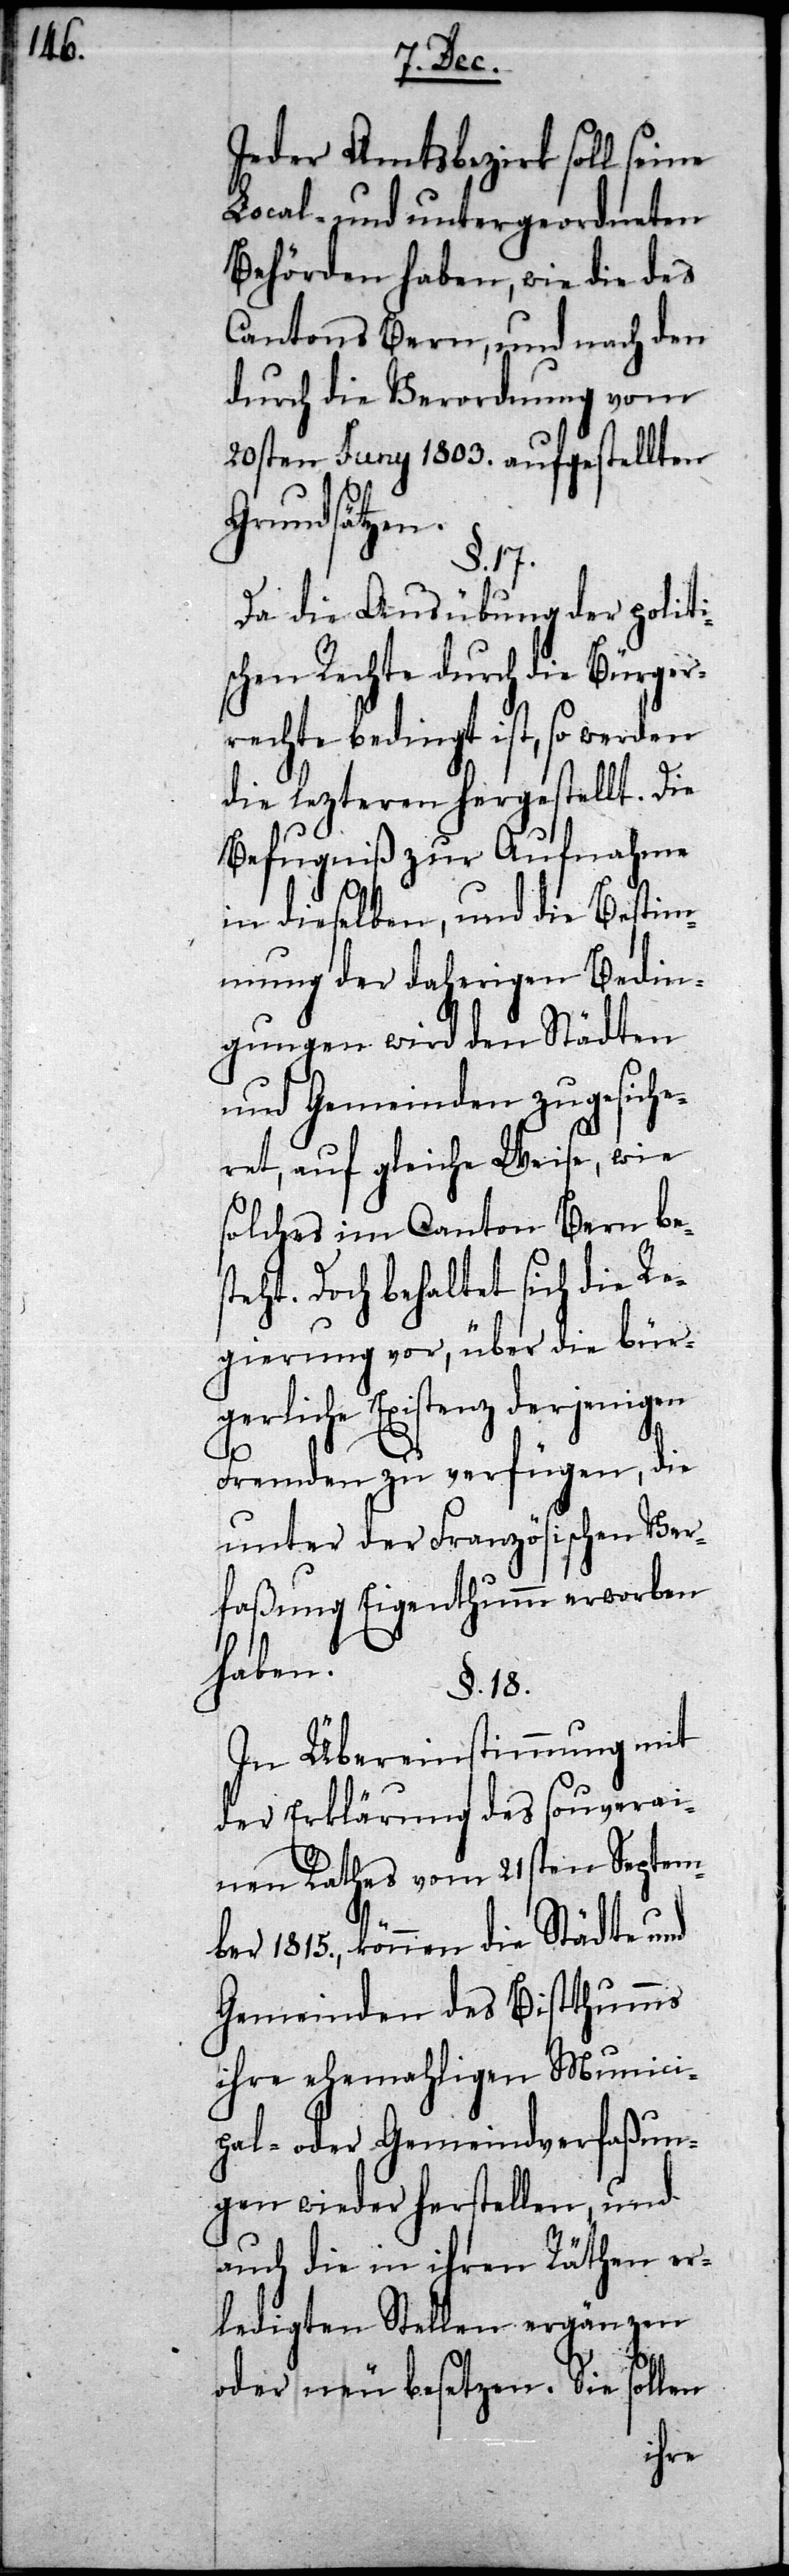
Jeder Amtsbezirk soll seine
Local- und untergeordneten
Behörden haben, wie die des
Cantons Bern, und nach den
durch die Verordnung vom
20sten Juny 1803. aufgestellten
Grundsätzen.
§. 17.
Da die Ausübung der politi¬
schen Rechte durch die Bürger¬
rechte bedingt ist, so werden
die lezteren hergestellt. Die
Befugniß zur Aufnahme
in dieselben, und die Bestim¬
mung der daherigen Bedin¬
gungen wird den Städten
und Gemeinden zugesiche¬
ret, auf gleiche Weise, wie
solches im Canton Bern bes¬
teht. Doch behaltet sich die Re¬
gierung vor, über die bür¬
gerliche Existenz derjenigen
Fremden zu verfügen, die
unter der Französischen Ver¬
faßung Eigenthumm erworben
haben.
§. 18.
In Übereinstimmung mit
der Erklärung des souverai¬
nen Rathes vom 21sten Septem¬
ber 1815., können die Städte und
Gemeinden des Bistthumms
ihre ehemahligen Munici¬
pal- oder Gemeindverfaßun¬
gen wieder herstellen, und
auch die in ihren Räthen er¬
ledigten Stellen ergänzen
oder neu besetzen. Sie sollen